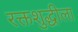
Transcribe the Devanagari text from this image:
रक्तशुद्धीला